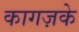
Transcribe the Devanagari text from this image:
कागज़के